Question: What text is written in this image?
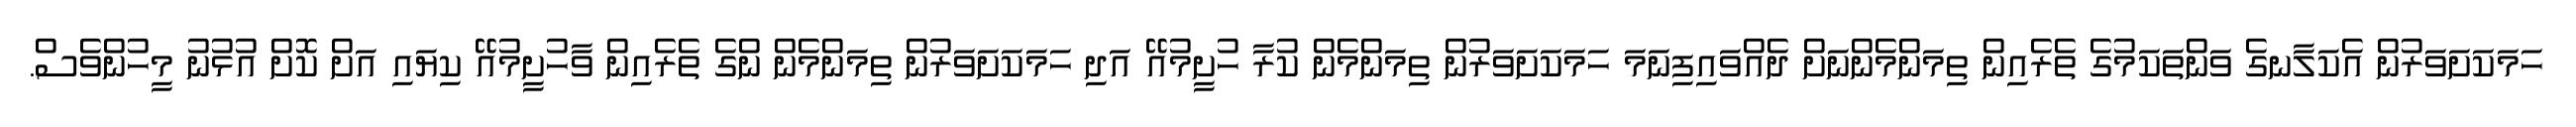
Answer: ހަމަކަށަވަރުން އެކަލާނގެ ވަންތަކަމުގެ ތެރެއިން ތިމަންމެންނަށް ދެއްވައިފިނަމަ ހަމަކަށަވަރުން ތިމަންމެން ކުރާ ހުށީމުއޭ އަދި ހަމަކަށަވަރުން ތިމަންމެން ންގެ ތެރެއިން ވާހުށީމުއޭ ކިޔައި އަށް ކޮށް އުޅުނު މީހުންވެސް.